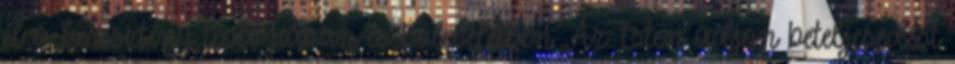
él a keresztény teológiában és bölcseletben.„Az Isten adjon beteljesedést